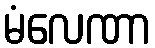
မံလေဏာ